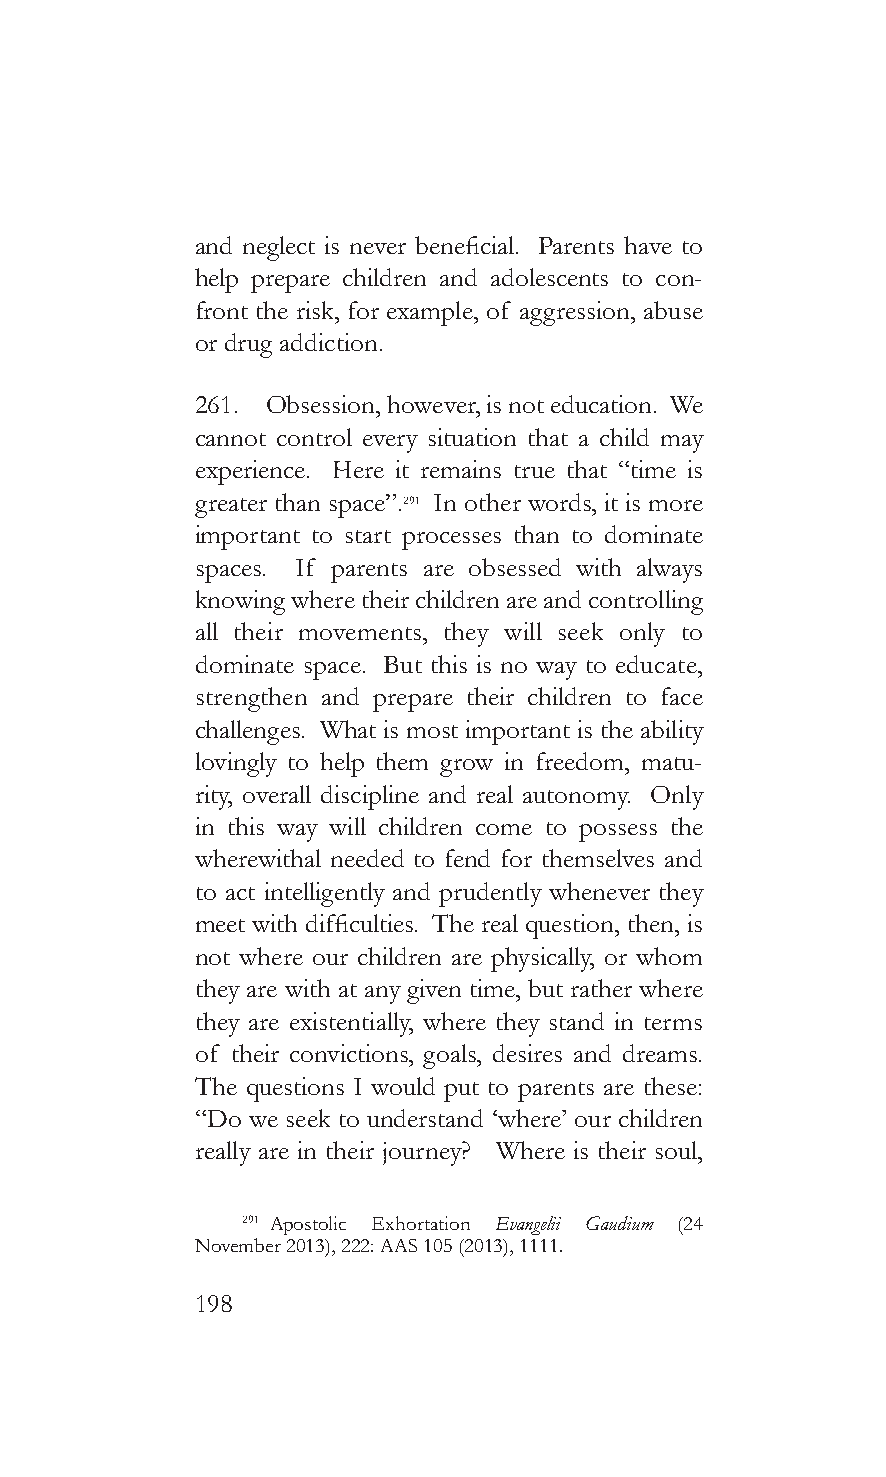
and neglect is never beneficial. Parents have to
 help prepare children and adolescents to con-
 front the risk, for example, of aggression, abuse
 or drug addiction.
 261. Obsession, however, is not education. We
 cannot control every situation that a child may
 experience. Here it remains true that “time is
 greater than space”.291 In other words, it is more
 important to start processes than to dominate
 spaces. If parents are obsessed with always
 knowing where their children are and controlling
 all their movements, they will seek only to
 dominate space. But this is no way to educate,
 strengthen and prepare their children to face
 challenges. What is most important is the ability
 lovingly to help them grow in freedom, matu-
 rity, overall discipline and real autonomy. Only
 in this way will children come to possess the
 wherewithal needed to fend for themselves and
 to act intelligently and prudently whenever they
 meet with difficulties. The real question, then, is
 not where our children are physically, or whom
 they are with at any given time, but rather where
 they are existentially, where they stand in terms
 of their convictions, goals, desires and dreams.
 The questions I would put to parents are these:
 “Do we seek to understand ‘where’ our children
 really are in their journey? Where is their soul,
 291 Apostolic Exhortation Evangelii Gaudium (24
 November 2013), 222: AAS 105 (2013), 1111.
 198